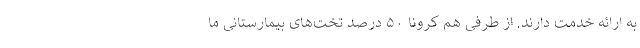
به ارائه خدمت دارند. از طرفی هم کرونا ۵۰ درصد تخت‌های بیمارستانی ما